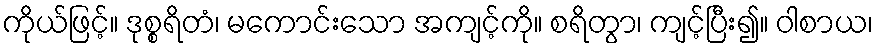
ကိုယ်ဖြင့်။ ဒုစ္စရိတံ၊ မကောင်းသော အကျင့်ကို။ စရိတွာ၊ ကျင့်ပြီး၍။ ဝါစာယ၊